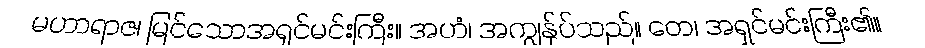
မဟာရာဇ၊ မြင်သောအရှင်မင်းကြီး။ အဟံ၊ အကျွန်ုပ်သည်။ တေ၊ အရှင်မင်းကြီး၏။